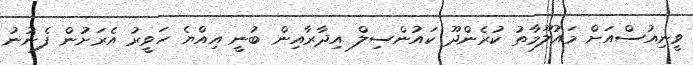
ވީނިއުސްއަށް މައުލޫމާތު ކުރެންދޫ ކައުންސިލް އިދާރާއިން ބުނީ އިއްޔެ ހަވީރު އެރަށުން ފެނުނު